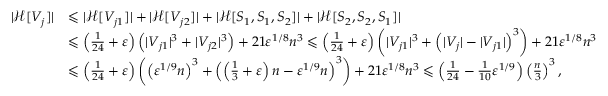
\begin{array} { r l } { | \mathcal { H } [ V _ { j } ] | } & { \leqslant | \mathcal { H } [ V _ { j 1 } ] | + | \mathcal { H } [ V _ { j 2 } ] | + | \mathcal { H } [ S _ { 1 } , S _ { 1 } , S _ { 2 } ] | + | \mathcal { H } [ S _ { 2 } , S _ { 2 } , S _ { 1 } ] | } \\ & { \leqslant \left( \frac { 1 } { 2 4 } + \varepsilon \right) \left( | V _ { j 1 } | ^ { 3 } + | V _ { j 2 } | ^ { 3 } \right) + 2 1 \varepsilon ^ { 1 / 8 } n ^ { 3 } \leqslant \left( \frac { 1 } { 2 4 } + \varepsilon \right) \left( | V _ { j 1 } | ^ { 3 } + \left( | V _ { j } | - | V _ { j 1 } | \right) ^ { 3 } \right) + 2 1 \varepsilon ^ { 1 / 8 } n ^ { 3 } } \\ & { \leqslant \left( \frac { 1 } { 2 4 } + \varepsilon \right) \left( \left( \varepsilon ^ { 1 / 9 } n \right) ^ { 3 } + \left( \left( \frac { 1 } { 3 } + \varepsilon \right) n - \varepsilon ^ { 1 / 9 } n \right) ^ { 3 } \right) + 2 1 \varepsilon ^ { 1 / 8 } n ^ { 3 } \leqslant \left( \frac { 1 } { 2 4 } - \frac { 1 } { 1 0 } \varepsilon ^ { 1 / 9 } \right) \left( \frac { n } { 3 } \right) ^ { 3 } , } \end{array}